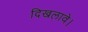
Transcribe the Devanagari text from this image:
दिखलावे।